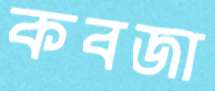
কবজা